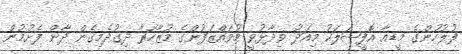
ފުލުހުންގެ މީޑއާ އޮފީޝަލަކު މިއަދު ވިދާޅުވީ މުވައްޒަފުންގެ މުޒާހަރާ ދިގުދެމިގެން ދާން ފެށުމުން